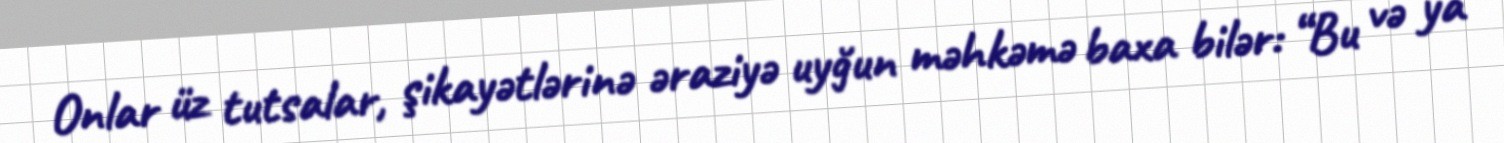
Onlar üz tutsalar, şikayətlərinə əraziyə uyğun məhkəmə baxa bilər: “Bu və ya